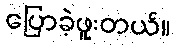
ပြောခဲ့ဖူးတယ်။